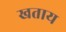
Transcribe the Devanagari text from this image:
खताय